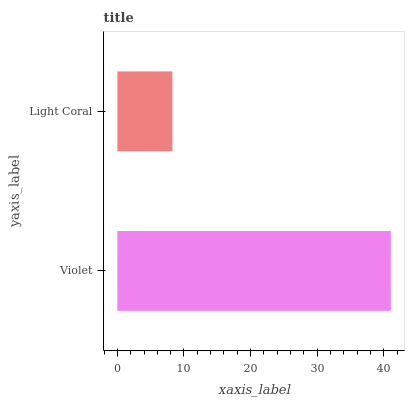
| yaxis_label | bars |
 | --- | --- |
 | Violet | 41 |
 | Light Coral | 8.26 |